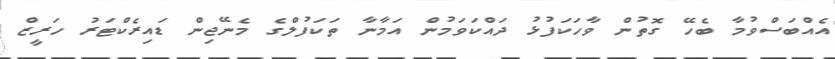
އެއްބަސްވުމާ ބެހޭ ގޮތުން ވާހަކަފުޅު ދައްކަވަމުން އަމާނާ ތަކަފުލްގެ މެނޭޖިން ޑައިރެކްޓަރު ހަރީޒް